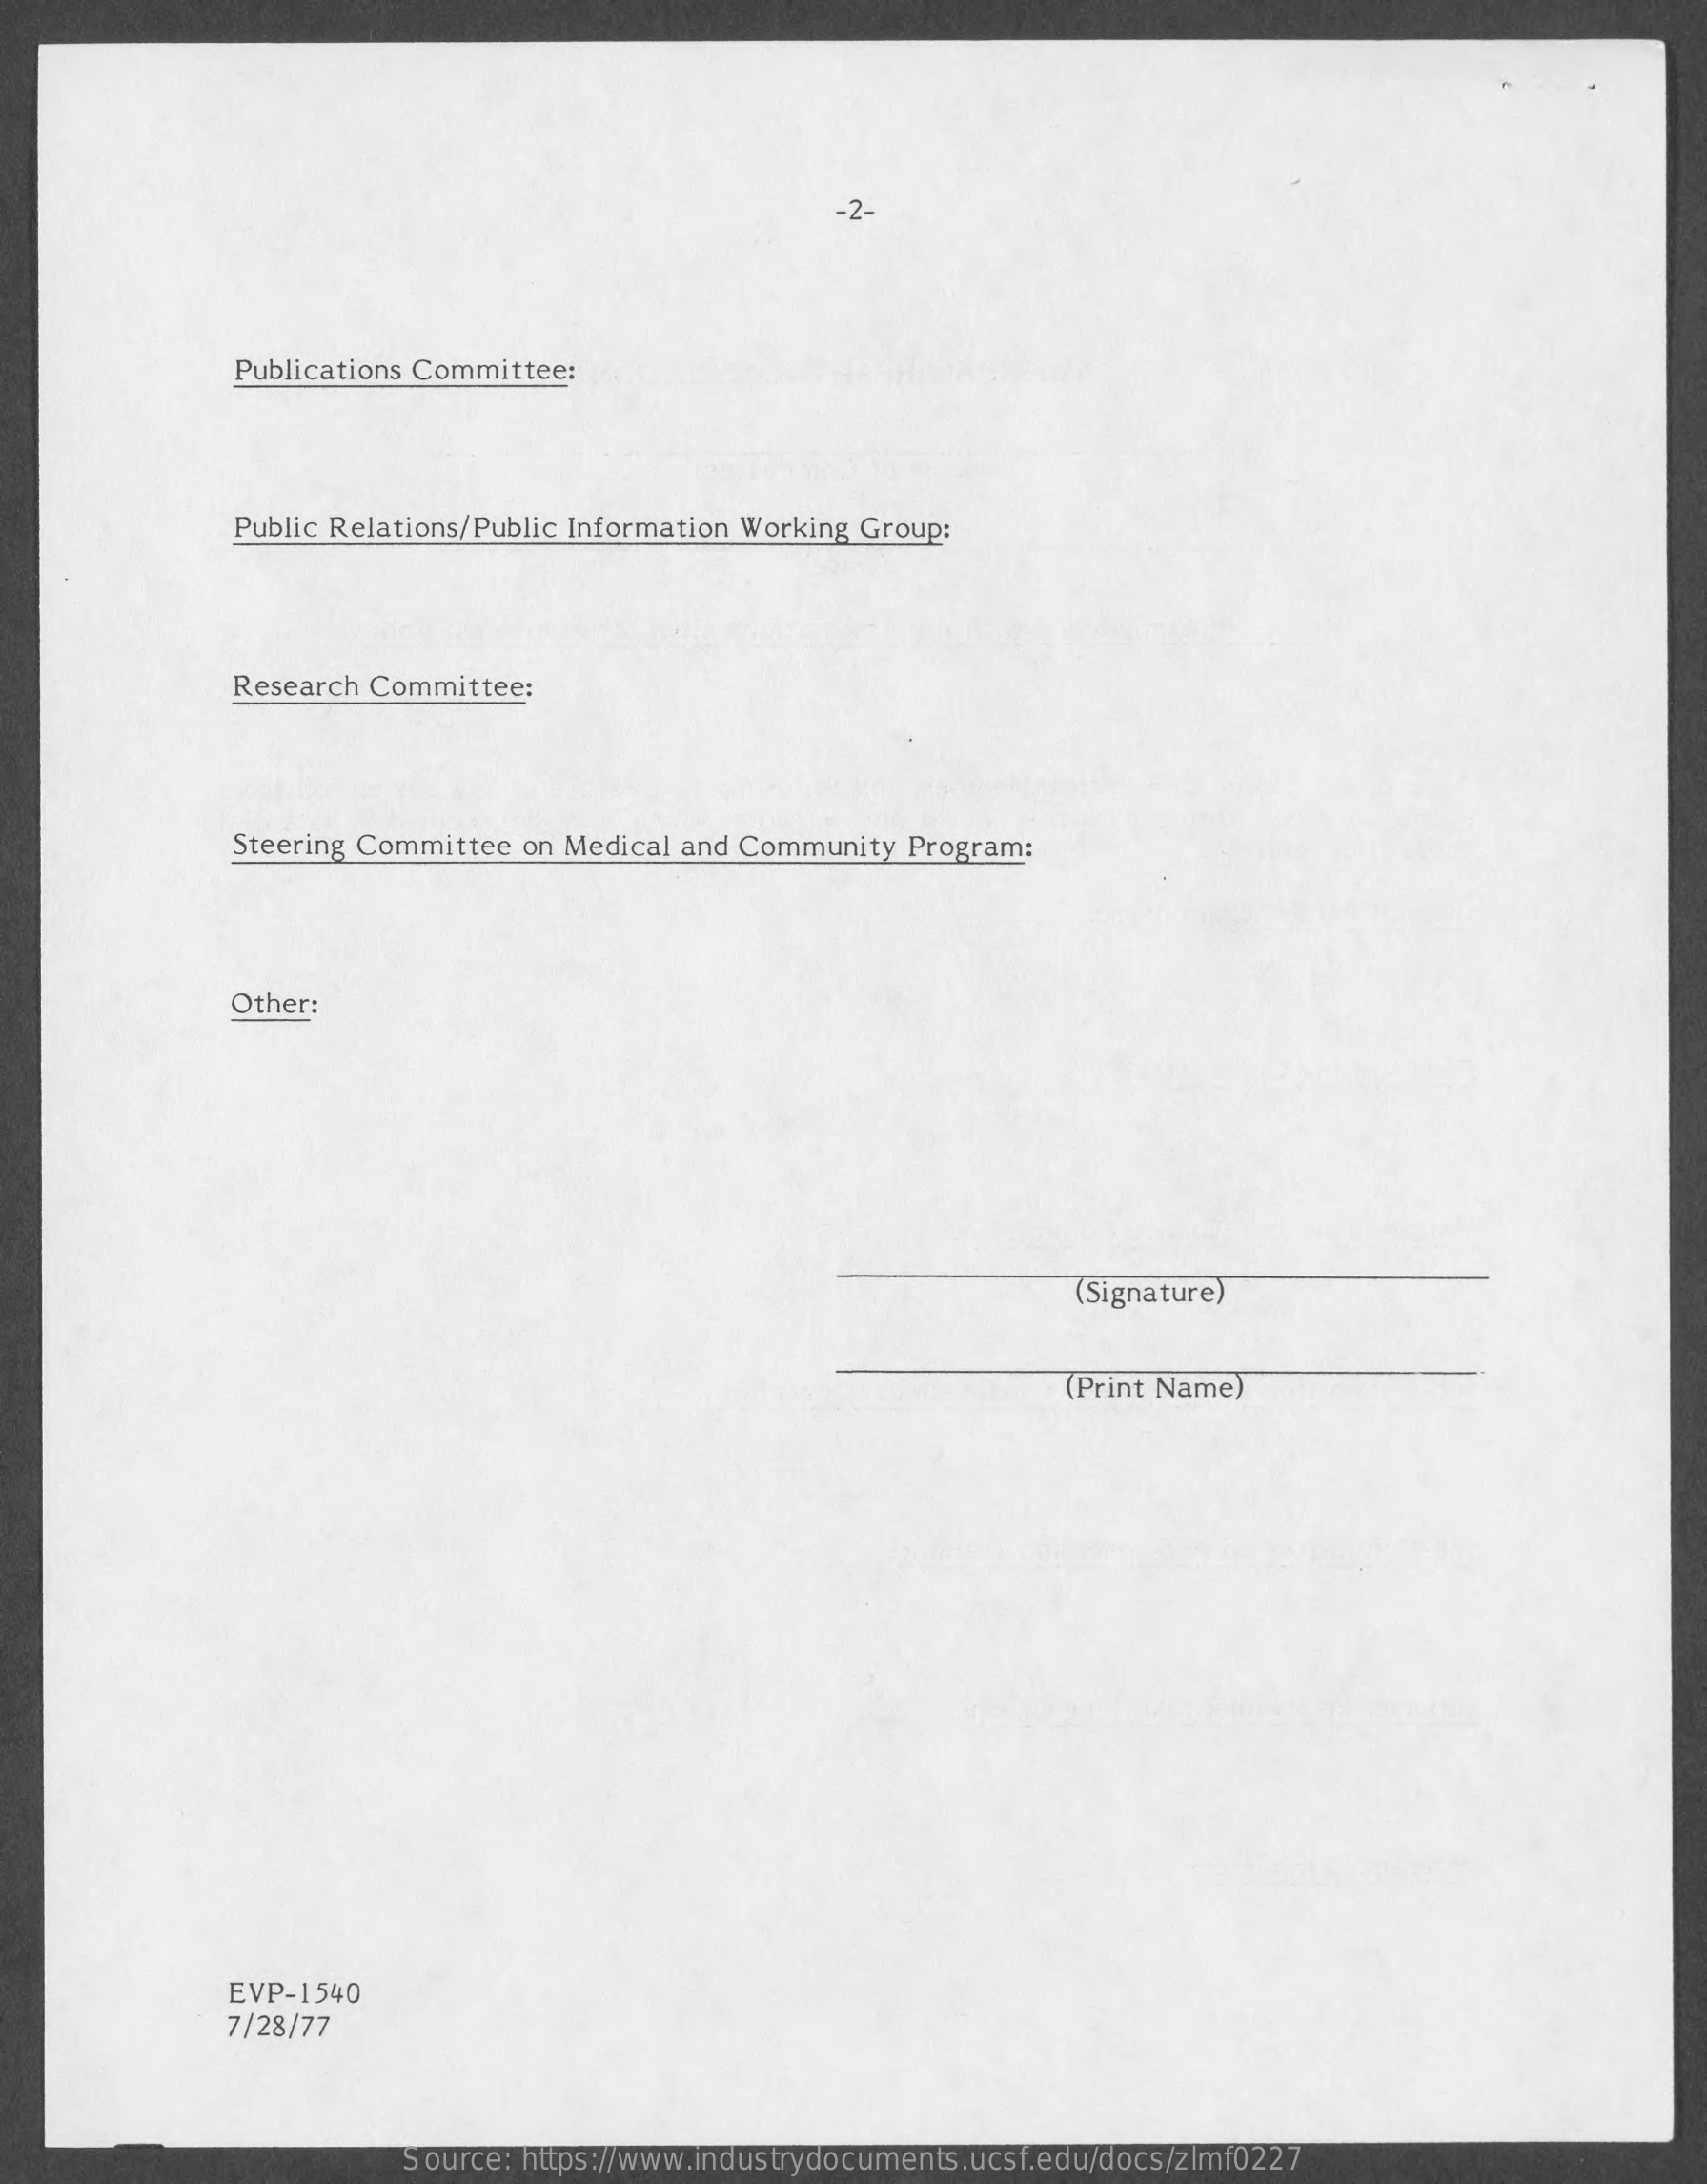
-2-
     Publications Committee:
     Public Relations/Public Information Working Group:
     Research Committee:
     Steering Committee on Medical and Community Program:
     Other:
     (Signature)
     (Print Name)
     EVP-1540
     7/28/77
     Source: https://www.industrydocuments.ucsf.edu/docs/zlmf0227